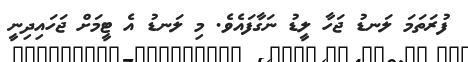
ފުރަތަމަ ލަނޑު ޖަހާ ލީޑު ނަގާފައެވެ. މި ލަނޑު އެ ޓީމަށް ޖަހައިދިނީ